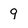
Character: 9